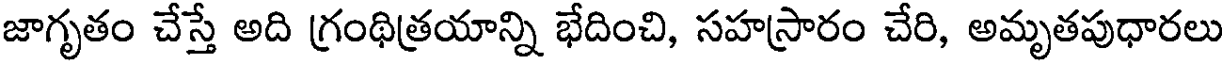
జాగృతం చేస్తే అది గ్రంథిత్రయాన్ని భేదించి, సహస్రారం చేరి, అమృతపుధారలు